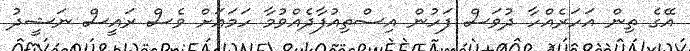
އޭގެ ތިން އަހަރެއްހާ ދުވަސް ފަހުން އިސްތިއުފާދެއްވުމާ ހަމައަށް ވެސް ރައީސް ނަޝީދު